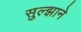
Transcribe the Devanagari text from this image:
सुल्झाने